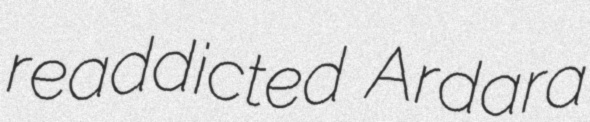
readdicted Ardara